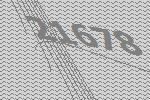
21678